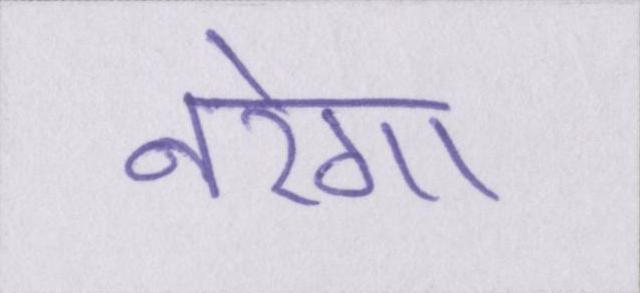
नरेगा